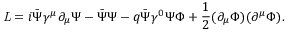
{ \it L } = i \bar { \Psi } { \gamma } ^ { \mu } { \partial } _ { \mu } { \Psi } - \bar { \Psi } { \Psi } - q \bar { \Psi } { \gamma } ^ { 0 } { \Psi } \Phi + { \frac { 1 } { 2 } } ( { \partial } _ { \mu } \Phi ) ( { \partial } ^ { \mu } \Phi ) .